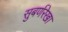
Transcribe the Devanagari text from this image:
सुबर्णरेखा